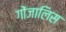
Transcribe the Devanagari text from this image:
गोंजालिस